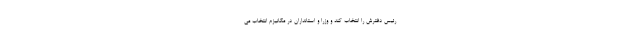
رئیس دفترش را انتخاب کند و وزرا و استانداران در مکانیزم انتخاب می